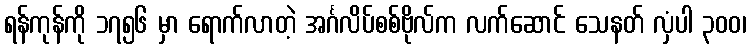
ရန်ကုန်ကို ၁၇၅၆ မှာ ရောက်လာတဲ့ အင်္ဂလိပ်စစ်ဗိုလ်က လက်ဆောင် သေနတ် လှံပါ ၃၀၀၊